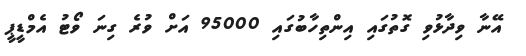
އޭނާ ވިދާޅުވި ގޮތުގައި އިންތިހާބުގައި 95000 އަށް ވުރެ ގިނަ ވޯޓު އެމްޑީޕީ